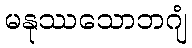
မနုဿသောဘဂျံ